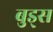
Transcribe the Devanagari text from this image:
बुड्स